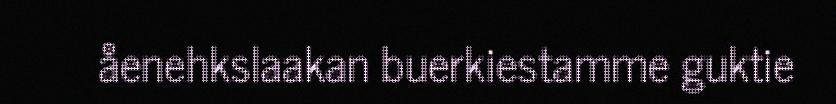
åenehkslaakan buerkiestamme guktie